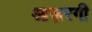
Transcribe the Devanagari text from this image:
आज़रगी